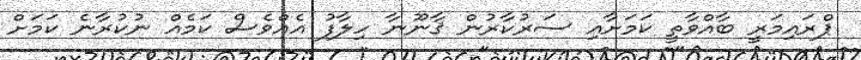
ޕްރައިމަރީ ބާއްވާތީ ކަމަށާއި ސަރުކާރުން ޤާނޫނާ ހިލާފު އެއްވެސް ކަމެއް ނުކުރާނެ ކަމަށް